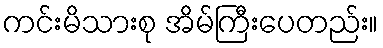
ကင်းမိသားစု အိမ်ကြီးပေတည်း။